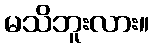
မသိဘူးလား။